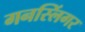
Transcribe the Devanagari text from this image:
गनस्लिंगर